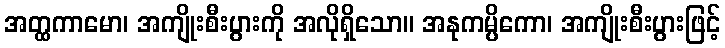
အတ္ထကာမော၊ အကျိုးစီးပွားကို အလိုရှိသော။ အနုကမ္ပိကော၊ အကျိုးစီးပွားဖြင့်